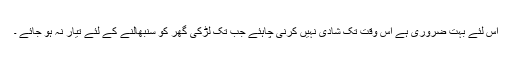
اس لئے بہت ضروری ہے اس وقت تک شادی نہیں کرنی چاہئے جب تک لڑکی گھر کو سنبھالنے کے لئے تیار نہ ہو جائے ۔